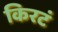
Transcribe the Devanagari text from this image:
किरटं